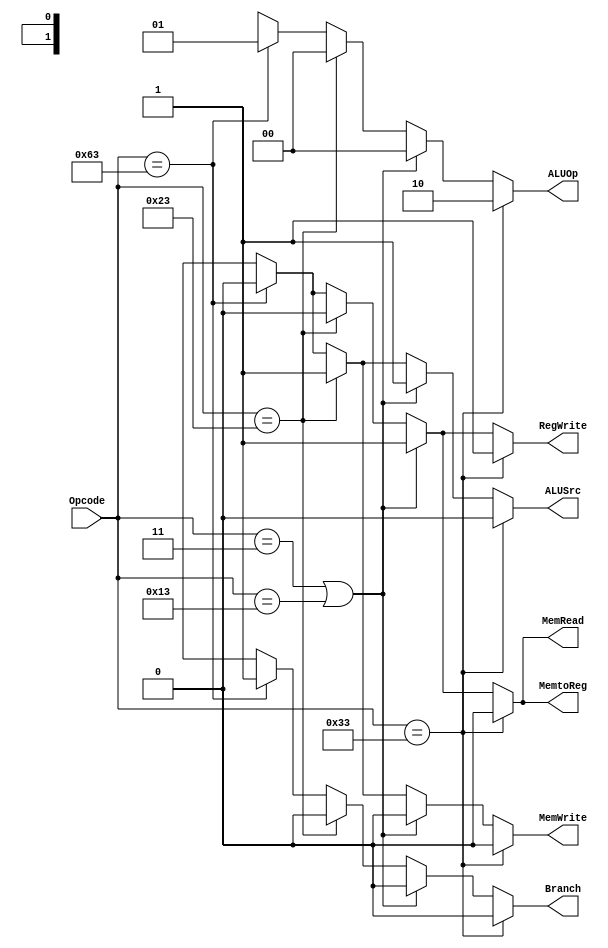
module Control_Unit
  (
    input [6:0] Opcode,
    output reg Branch,
    output reg MemRead,
    output reg MemtoReg,
    output reg [1:0] ALUOp,
    output reg MemWrite,
    output reg ALUSrc,
    output reg RegWrite 
  );
  
  always@(Opcode)
  begin
    if (Opcode == 7'b0110011)
      begin
        Branch <= 1'b0;
        MemRead <= 1'b0;
        MemtoReg <= 1'b0;
        ALUOp <= 2'b10;
        MemWrite <= 1'b0;
        ALUSrc <= 1'b0;
        RegWrite <= 1'b1;
      end
    else if ((Opcode == 7'b0000011) || (Opcode == 7'b0010011))
      begin
        Branch <= 1'b0;
        MemRead <= 1'b1;
        MemtoReg <= 1'b1;
        ALUOp <= 2'b00;
        MemWrite <= 1'b0;
        ALUSrc <= 1'b1;
        RegWrite <= 1'b1;
      end
      
    else if (Opcode == 7'b0100011)
      begin
        Branch <= 1'b0;
        MemRead <= 1'b0;
        MemtoReg <= 1'b0;
        ALUOp <= 2'b00;
        MemWrite <= 1'b1;
        ALUSrc <= 1'b1;
        RegWrite <= 1'b0;
      end
      
     else if (Opcode == 7'b1100011)
      begin
        Branch <= 1'b1;
        MemRead <= 1'b0;
        MemtoReg <= 1'b0;
        ALUOp <= 2'b01;
        MemWrite <= 1'b0;
        ALUSrc <= 1'b0;
        RegWrite <= 1'b0;
      end
     else
       begin
        Branch <= 1'bx;
        MemRead <= 1'bx;
        MemtoReg <= 1'bx;
        ALUOp <= 2'bx;
        MemWrite <= 1'bx;
        ALUSrc <= 1'bx;
        RegWrite <= 1'bx;
       end
    
  end
  
endmodule